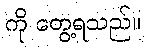
ကို တွေ့ရသည်။